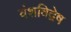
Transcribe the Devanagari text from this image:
वंशविद्वेष